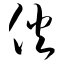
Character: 伙